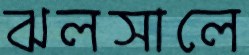
ঝলসালে